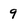
Character: 9